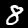
Label: 8